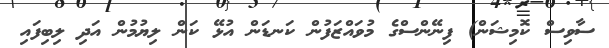
ސާވިސް ކޮމިޝަން) ފިނޭންސްގެ މުވައްޒަފުން ކަނޑަން އުޅޭ ކަން ލިޔުމުން އަދި ލިބިފައި